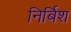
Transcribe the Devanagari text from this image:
निर्बिश